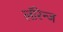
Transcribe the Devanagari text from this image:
लॉरेन्ज